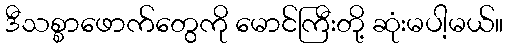
ဒီသစ္စာဖောက်တွေကို မောင်ကြီးတို့ ဆုံးမပါ့မယ်။